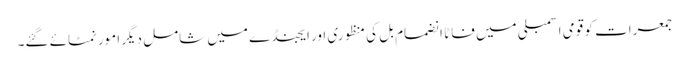
جمعرات کو قومی اسمبلی میں فاٹا انضمام بل کی منظوری اور ایجنڈے میں شامل دیگر امور نمٹائے گئے۔